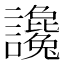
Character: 讒